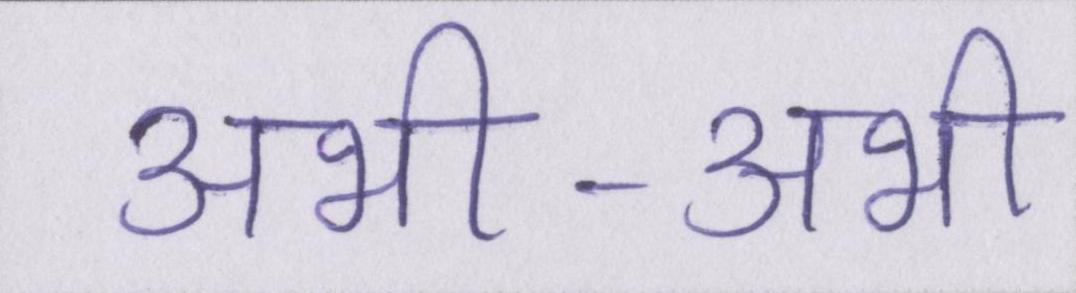
अभी-अभी